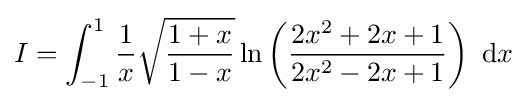
I=\int _{-1}^{1}{\frac {1}{x}}{\sqrt {\frac {1+x}{1-x}}}\ln \left({\frac {2x^{2}+2x+1}{2x^{2}-2x+1}}\right)\ \mathrm {d} x